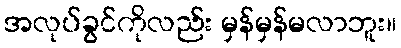
အလုပ်ခွင်ကိုလည်း မှန်မှန်မလာဘူး။